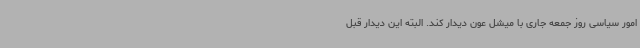
امور سیاسی روز جمعه جاری با میشل عون دیدار کند. البته این دیدار قبل